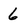
Character: 6